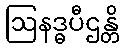
ဩနဒ္ဓပီဌန္တိ